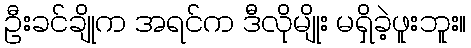
ဦးခင်ချိုက အရင်က ဒီလိုမျိုး မရှိခဲ့ဖူးဘူး။